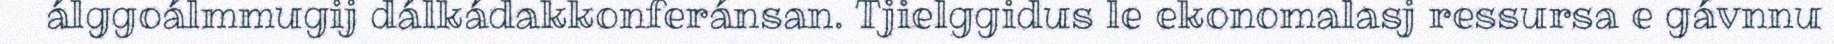
álggoálmmugij dálkádakkonferánsan. Tjielggidus le ekonomalasj ressursa e gávnnu